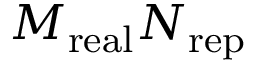
M _ { \mathrm { r e a l } } N _ { \mathrm { r e p } }